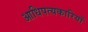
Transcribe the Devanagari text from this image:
आधिपत्यकारियों